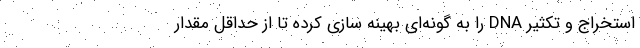
استخراج و تکثیر DNA را به گونه‌ای بهینه سازی کرده تا از حداقل مقدار